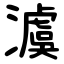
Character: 澞